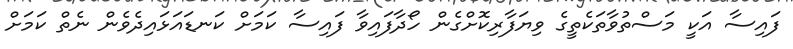
ފައިސާ އަކީ މަސްތުވާތަކެތީގެ ވިޔަފާރިކޮށްގެން ހޯދާފައިވާ ފައިސާ ކަމަށް ކަނޑައަޅައިދެވެން ނެތް ކަމަށް